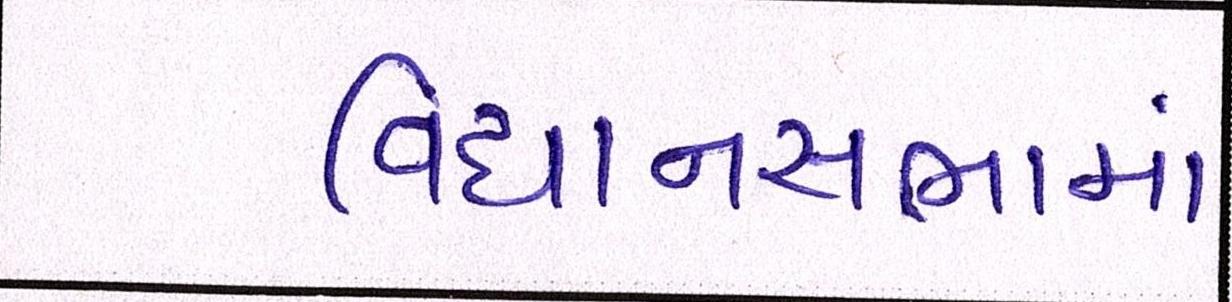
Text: વિધાનસભામાં